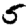
Digit: 5